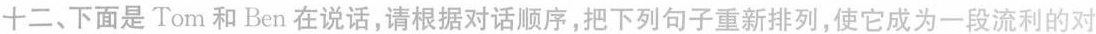
十二、下面是 Tom 和 Ben 在说话,请根据对话顺序,把下列句子重新排列,使它成为一段流利的对